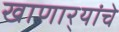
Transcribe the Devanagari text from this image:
खाणार्‍यांचे